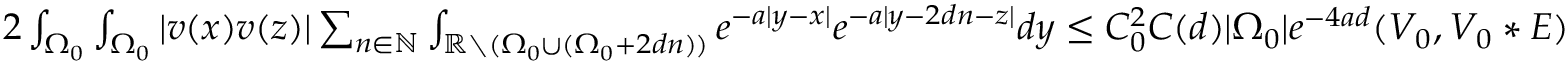
\begin{array} { r } { 2 \int _ { \Omega _ { 0 } } \int _ { \Omega _ { 0 } } | v ( x ) v ( z ) | \sum _ { n \in \mathbb { N } } \int _ { \mathbb { R } \setminus ( { \Omega _ { 0 } } \cup ( { \Omega _ { 0 } } + 2 d n ) ) } e ^ { - a | y - x | } e ^ { - a | y - 2 d n - z | } d y \leq C _ { 0 } ^ { 2 } C ( d ) | { \Omega _ { 0 } } | e ^ { - 4 a d } ( V _ { 0 } , V _ { 0 } * E ) } \end{array}